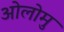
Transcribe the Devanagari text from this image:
ओलोमु